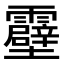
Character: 𫕶